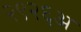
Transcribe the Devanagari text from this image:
२९२६अ